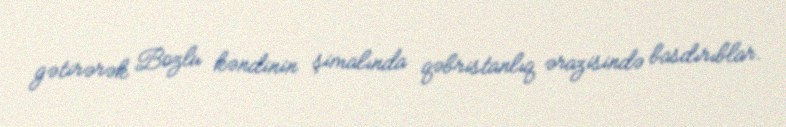
gətirərək Bozlu kəndinin şimalında qəbristanlıq ərazisində basdırıblar.